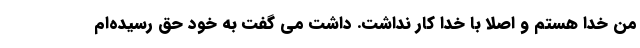
من خدا هستم و اصلا با خدا کار نداشت. داشت می گفت به خود حق رسیده‌ام